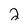
Character: 2